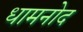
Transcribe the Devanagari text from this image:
धामनोद